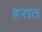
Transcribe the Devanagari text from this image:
हरात